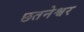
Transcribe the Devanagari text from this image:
छतनेश्वर